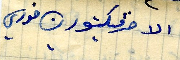
الاخت فيكتور ن خوري